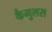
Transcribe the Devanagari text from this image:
कैमुलस